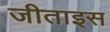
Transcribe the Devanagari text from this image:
जीताइस